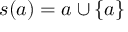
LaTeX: s ( a ) = a \cup \{ a \}